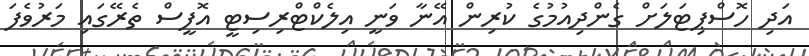
އަދި ހޮސްޕިޓަލަށް ގެންދިއުމުގެ ކުރިން އޭނާ ވަނީ އިލެކްޓްރިސިޓީ އޮފީސް ތެރޭގައި މަރުވެފަ